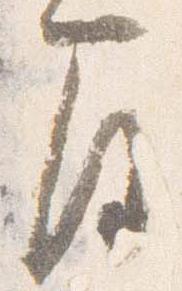
間